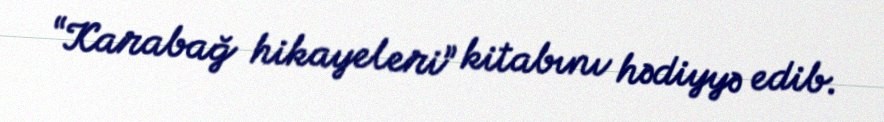
“Karabağ hikayeleri” kitabını hədiyyə edib.